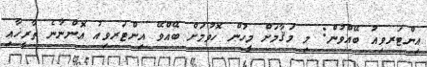
އިންޓަރވިއު ބޭއްވުން: މި މަޤާމަށް މީހުން ހޮވުމަށް ބޭއްވޭ އިންޓަރވިއު އޮންނާނެ ތާރީޚާއި